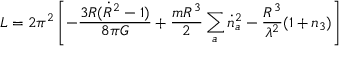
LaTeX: L = 2 \pi ^ { 2 } \left[ - \frac { 3 R ( \dot { R } ^ { 2 } - 1 ) } { 8 \pi G } + \frac { m R ^ { 3 } } { 2 } \sum _ { a } \dot { n } _ { a } ^ { 2 } - \frac { R ^ { 3 } } { \lambda ^ { 2 } } ( 1 + n _ { 3 } ) \right]